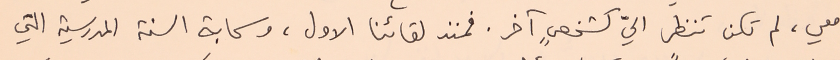
معي، لم تكن تنظر اليّ كشخصٍ آخر. فمنذ لقائنا الاول، وسحابة السنة المدرسية التي